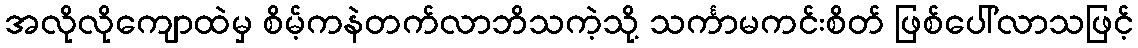
အလိုလိုကျောထဲမှ စိမ့်ကနဲတက်လာဘိသကဲ့သို့ သင်္ကာမကင်းစိတ် ဖြစ်ပေါ်လာသဖြင့်